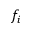
f _ { i }